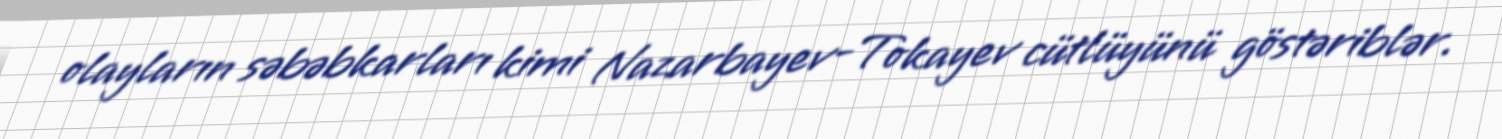
olayların səbəbkarları kimi Nazarbayev-Tokayev cütlüyünü göstəriblər.